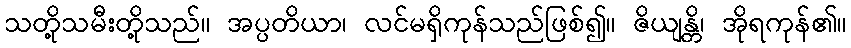
သတို့သမီးတို့သည်။ အပ္ပတိယာ၊ လင်မရှိကုန်သည်ဖြစ်၍။ ဇိယျန္တိ၊ အိုရကုန်၏။